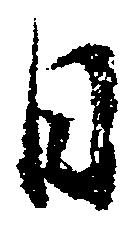
日